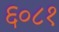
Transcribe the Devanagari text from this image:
६०८१